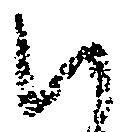
ハ